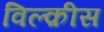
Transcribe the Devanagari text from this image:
विल्क़ीस